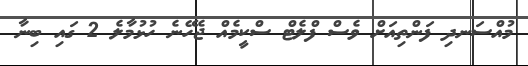
މުއްސަނދި ފަންތިއަށް ވެސް ފްލެޓް ސްކީމެއް ޖެހޭނެ ހުޅުމާލެ 2 ގައި ބިނާ